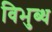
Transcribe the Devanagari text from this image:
विभुब्ध